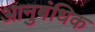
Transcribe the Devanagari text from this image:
आनुबंधिक